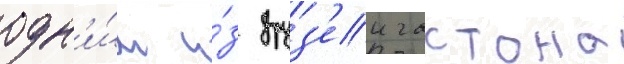
одн'и́м и́з друз'еи гастона